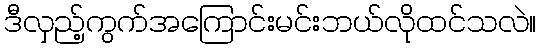
ဒီလှည့်ကွက်အကြောင်းမင်းဘယ်လိုထင်သလဲ။